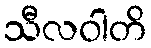
သီလဝါတိ